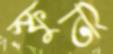
স্ফুর্তি